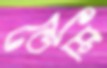
ডেমি